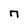
Character: n